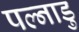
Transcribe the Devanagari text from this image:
पल्नाडु